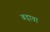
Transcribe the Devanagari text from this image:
बड़ावा